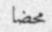
محضا